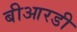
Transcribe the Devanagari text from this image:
बीआरडी